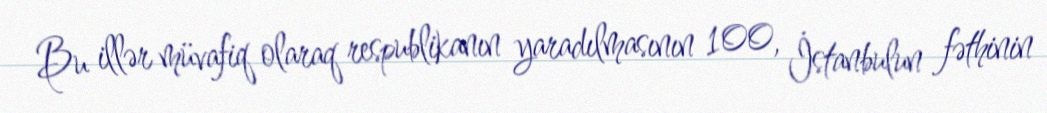
Bu illər müvafiq olaraq respublikanın yaradılmasının 100, İstanbulun fəthinin